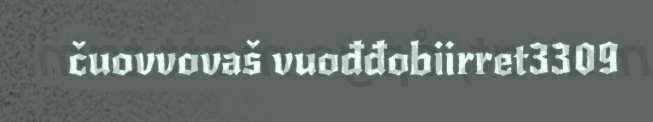
čuovvovaš vuođđobiirret3309